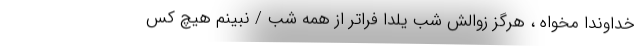
خداوندا مخواه ، هرگز زوالش شب یلدا فراتر از همه شب / نبینم هیچ کس